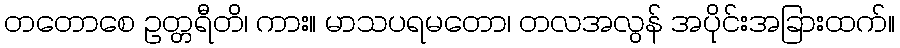
တတောစေ ဥတ္တရီတိ၊ ကား။ မာသပရမတော၊ တလအလွန် အပိုင်းအခြားထက်။